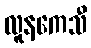
လူနကေသီ